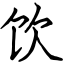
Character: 饮